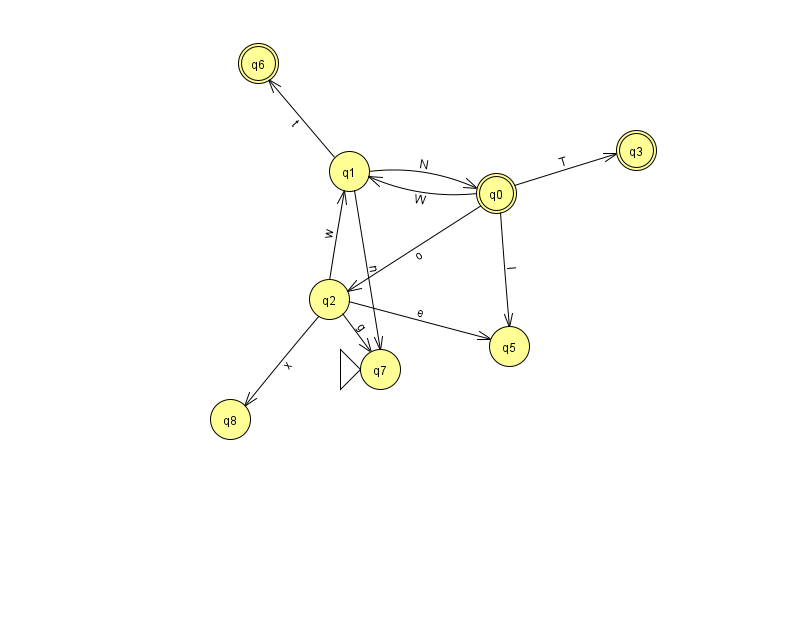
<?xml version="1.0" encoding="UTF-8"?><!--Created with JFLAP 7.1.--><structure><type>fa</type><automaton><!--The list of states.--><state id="0" name="q0"><x>496.0</x><y>180.0</y><final/></state><state id="1" name="q1"><x>349.0</x><y>158.0</y></state><state id="2" name="q2"><x>329.0</x><y>286.0</y></state><state id="3" name="q3"><x>636.0</x><y>137.0</y><final/></state><state id="5" name="q5"><x>509.0</x><y>333.0</y></state><state id="6" name="q6"><x>258.0</x><y>50.0</y><final/></state><state id="7" name="q7"><x>380.0</x><y>356.0</y><initial/></state><state id="8" name="q8"><x>230.0</x><y>406.0</y></state><!--The list of transitions.--><transition><from>1</from><to>0</to><read>N</read></transition><transition><from>2</from><to>7</to><read>g</read></transition><transition><from>2</from><to>5</to><read>e</read></transition><transition><from>2</from><to>8</to><read>x</read></transition><transition><from>1</from><to>7</to><read>n</read></transition><transition><from>0</from><to>3</to><read>T</read></transition><transition><from>2</from><to>1</to><read>w</read></transition><transition><from>0</from><to>5</to><read>I</read></transition><transition><from>1</from><to>6</to><read>t</read></transition><transition><from>0</from><to>1</to><read>W</read></transition><transition><from>0</from><to>2</to><read>o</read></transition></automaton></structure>